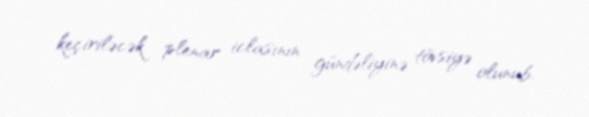
keçiriləcək plenar iclasının gündəliyinə tövsiyə olunub.